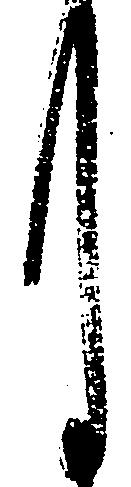
月